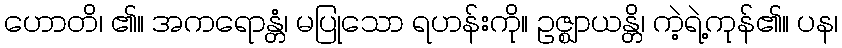
ဟောတိ၊ ၏။ အကရောန္တံ၊ မပြုသော ရဟန်းကို။ ဥဇ္ဈာယန္တိ၊ ကဲ့ရဲ့ကုန်၏။ ပန၊